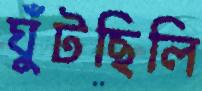
ঘুঁটছিলি